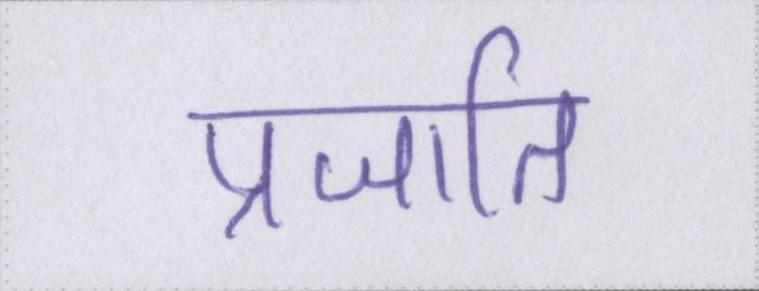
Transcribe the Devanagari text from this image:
प्रजाति